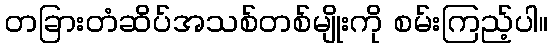
တခြားတံဆိပ်အသစ်တစ်မျိုးကို စမ်းကြည့်ပါ။